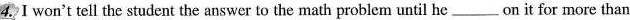
4. I won't tell the student the answer to the math problem until he___on it for more than